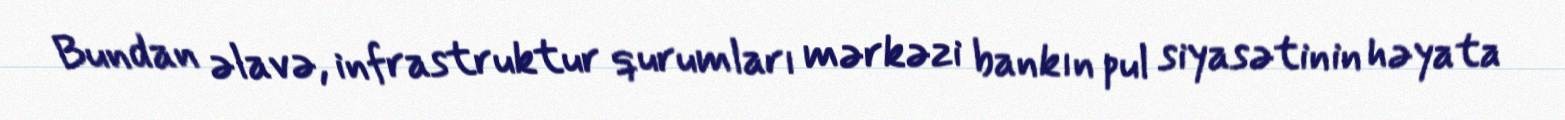
Bundan əlavə, infrastruktur qurumları mərkəzi bankın pul siyasətinin həyata